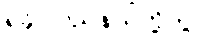
ရခိုင်ပြည်နယ်တို့တွင်